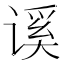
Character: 𰵾